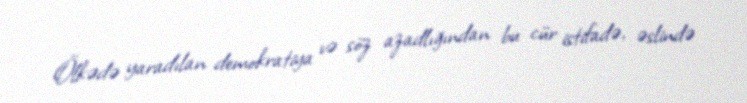
Ölkədə yaradılan demokratiya və söz azadlığından bu cür istifadə, əslində